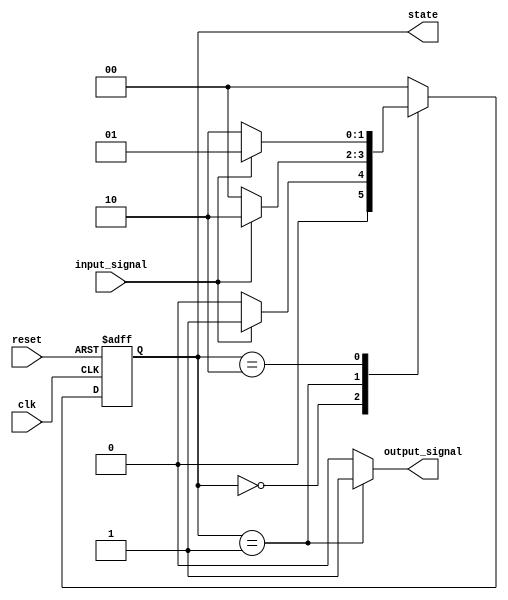
module basic_moore_fsm (
    input wire clk,             // Clock signal
    input wire reset,           // Asynchronous reset signal
    input wire input_signal,     // Input signal affecting state transitions
    output reg [1:0] state,     // Current state (2 bits for 3 states)
    output reg output_signal     // Output signal based on the current state
);

// State encoding
parameter S0 = 2'b00; // State 0
parameter S1 = 2'b01; // State 1
parameter S2 = 2'b10; // State 2

// Next state logic
reg [1:0] next_state;

// State transition logic
always @(*) begin
    case (state)
        S0: begin
            if (input_signal) begin
                next_state = S1; // Transition to S1
            end else begin
                next_state = S0; // Stay in S0
            end
        end
        
        S1: begin
            if (input_signal) begin
                next_state = S2; // Transition to S2
            end else begin
                next_state = S0; // Transition back to S0
            end
        end
        
        S2: begin
            if (input_signal) begin
                next_state = S1; // Transition back to S1
            end else begin
                next_state = S2; // Stay in S2
            end
        end
        
        default: next_state = S0; // Default to S0
    endcase
end

// Output logic based on the current state
always @(*) begin
    case (state)
        S0: output_signal = 1'b0; // Output for state S0
        S1: output_signal = 1'b1; // Output for state S1
        S2: output_signal = 1'b0; // Output for state S2
        default: output_signal = 1'b0; // Default output
    endcase
end

// State register with asynchronous reset
always @(posedge clk or posedge reset) begin
    if (reset) begin
        state <= S0; // Reset to initial state S0
    end else begin
        state <= next_state; // Update state to next state
    end
end

endmodule